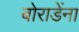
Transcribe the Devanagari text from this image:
बोराडेंना